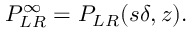
\begin{array} { r } { P _ { L R } ^ { \infty } = { \cal P } _ { L R } ( s \delta , z ) . } \end{array}